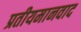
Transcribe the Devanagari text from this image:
प्रतीयमानवाद